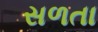
સળતા